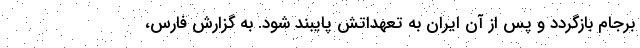
برجام بازگردد و پس از آن ایران به تعهداتش پایبند شود. به گزارش فارس،